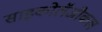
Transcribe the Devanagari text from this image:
साइकोलॅजीकल